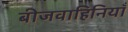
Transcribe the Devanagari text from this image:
बीजवाहिनियाँ